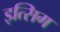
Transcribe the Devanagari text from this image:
इत्सिग